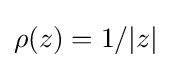
\rho (z)=1/|z|